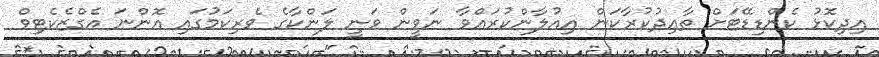
އިދިކޮޅު ކެންޑިޑޭޓަށް ތާޢިދުކުރާކަން އިއުލާންކުރައްވާ ނަވީން ވަނީ ލަންކާގެ ވެރިކަމުގައި އޮންނަ އެގްޒެކެޓިވް